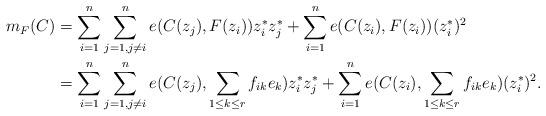
LaTeX: \begin{align*}m_F(C)&=\sum_{i=1}^n \sum_{j=1, j\ne i}^n e(C(z_j) ,F(z_i) )z_i^*z_j^* +\sum_{i=1}^{n} e(C(z_i) ,F(z_i) ) (z_i^*)^2\\&=\sum_{i=1}^n \sum_{j=1, j\ne i}^n e(C(z_j) ,\sum_{ 1\leq k\leq r} f_{ik} e_k )z_i^*z_j^* +\sum_{i=1}^{n} e(C(z_i) ,\sum_{ 1\leq k\leq r} f_{ik} e_k ) (z_i^*)^2.\end{align*}